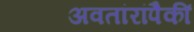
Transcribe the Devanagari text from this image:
अवतांरांपैकीं